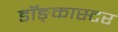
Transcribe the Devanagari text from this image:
डॉङ्कास्टर